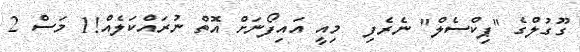
ގޫގުލްގެ "ޕިކްސެލް" ނެރެފި  މިއީ އައިފޯނަށް އޮތް ނުރައްކަލެއް!1 މަސް 2